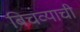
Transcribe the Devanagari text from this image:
बिचव्याची